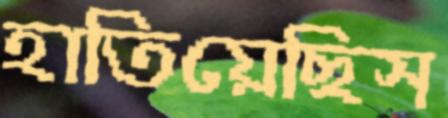
হাতিয়েছিস